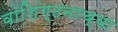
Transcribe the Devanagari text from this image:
वॉशिंग्टनाच्या